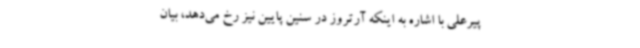
پیرعلی با اشاره به اینکه آرتروز در سنین پایین نیز رخ می‌دهد، بیان